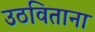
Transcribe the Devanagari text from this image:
उठविताना